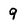
Character: 9